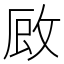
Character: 𭣪